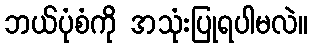
ဘယ်ပုံစံကို အသုံးပြုရပါမလဲ။